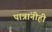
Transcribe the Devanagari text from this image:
पात्रांनीही